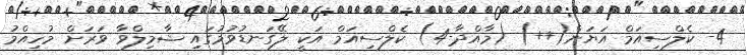
4- ކެލްސިއަމް އަޔަން(++) (މާއްދާ-4) ކެލްސިއަމް އަކީ ލޭގަނޑުވުމުގައި ޝާމިލްވާ ވަރަށް މުހިއްމު